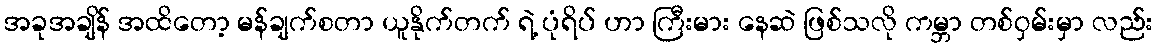
အခုအချိန် အထိတော့ မန်ချက်စတာ ယူနိုက်တက် ရဲ့ ပုံရိပ် ဟာ ကြီးမား နေဆဲ ဖြစ်သလို ကမ္ဘာ တစ်ဝှမ်းမှာ လည်း